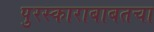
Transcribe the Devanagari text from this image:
पुरस्काराबाबतचा